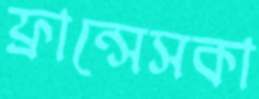
ফ্রান্সেসকা